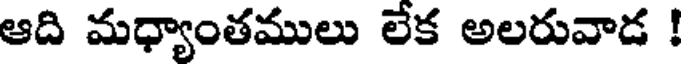
ఆది మధ్యాంతములు లేక అలరువాడ !